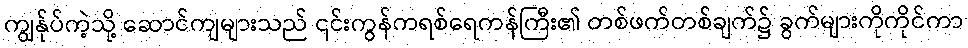
ကျွန်ုပ်ကဲ့သို့ ဆောင်ကျများသည် ၎င်းကွန်ကရစ်ရေကန်ကြီး၏ တစ်ဖက်တစ်ချက်၌ ခွက်များကိုကိုင်ကာ